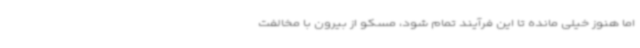
اما هنوز خیلی مانده تا این فرآیند تمام شود، مسکو از بیرون با مخالفت